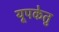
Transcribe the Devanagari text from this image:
यूपकेतु